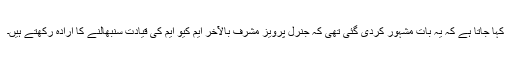
کہا جاتا ہے کہ یہ بات مشہور کردی گئی تھی کہ جنرل پرویز مشرف بالآخر ایم کیو ایم کی قیادت سنبھالنے کا ارادہ رکھتے ہیں۔